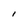
Character: I